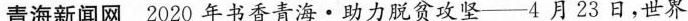
青海新闻网2020年书香青海·助力脱贫攻坚—4月23日，世界